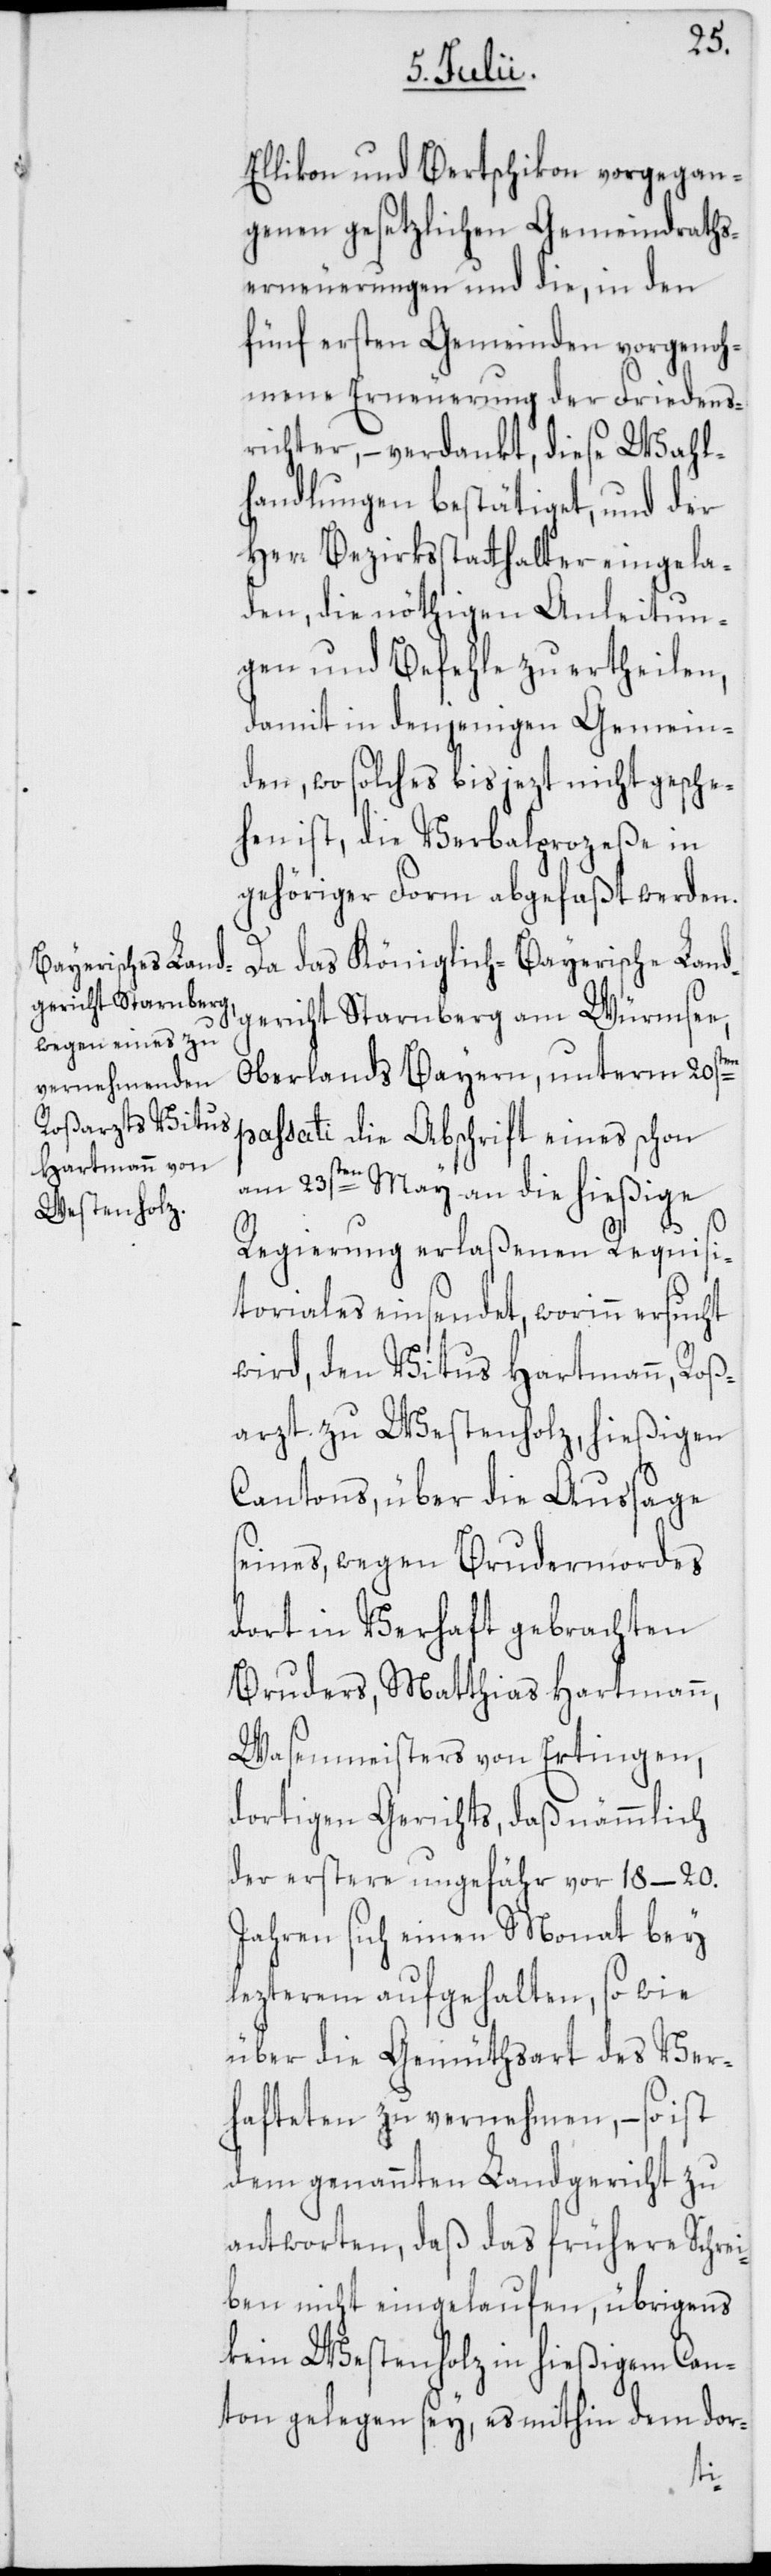
Ellikon und Bertschikon vorgegan¬
genen gesetzlichen Gemeindraths¬
erneuerungen und die, in den
fünf ersten Gemeinden vorgenoh¬
mene Erneuerung der Friedens¬
richter, – verdankt, diese Wahl¬
handlungen bestätiget, und der
Herr Bezirksstatthalter eingela¬
den, die nöthigen Anleitun¬
gen und Befehle zu ertheilen,
damit in denjenigen Gemein¬
den, wo solches bis jezt nicht gesche¬
hen ist, die Verbalprozeße in
gehöriger Form abgefaßt werden.
Da das Königlich-Bayerische Land¬
gericht Starnberg am Würmsee,
Oberlands Bayern, unterm 20sten
passati die Abschrift eines schon
am 23sten May an die hießige
Regierung erlaßenen Requisi¬
toriales einsendet, worinn ersucht
wird, den Vitus Hartmann, Roß¬
arzt zu Westenholz, hießigen
Cantons, über die Aussage
seines, wegen Brudermordes
dort in Verhaft gebrachten
Bruders, Matthias Hartmann,
Wasenmeisters von Ertingen,
dortigen Gerichts, daß nämmlich
der erstere ungefähr vor 18–20.
Jahren sich einen Monat bey
lezterem aufgehalten, so wie
über die Gemüthsart des Ver¬
hafteten zu vernehmen, – so ist
dem genannten Landgericht zu
antworten, daß das frühere Schrei¬
ben nicht eingelaufen, übrigens
kein Westenholz in hießigem Can¬
ton gelegen sey, es mithin dem dor-